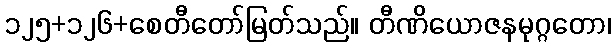
၁၂၅+၁၂၆+စေတီတော်မြတ်သည်။ တီဏိယောဇနမုဂ္ဂတော၊